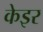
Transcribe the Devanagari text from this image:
केइर